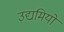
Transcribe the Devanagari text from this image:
उद्यमियो